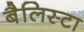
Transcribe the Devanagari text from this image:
बैलिस्टा